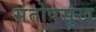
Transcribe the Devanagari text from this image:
संतोषसुख